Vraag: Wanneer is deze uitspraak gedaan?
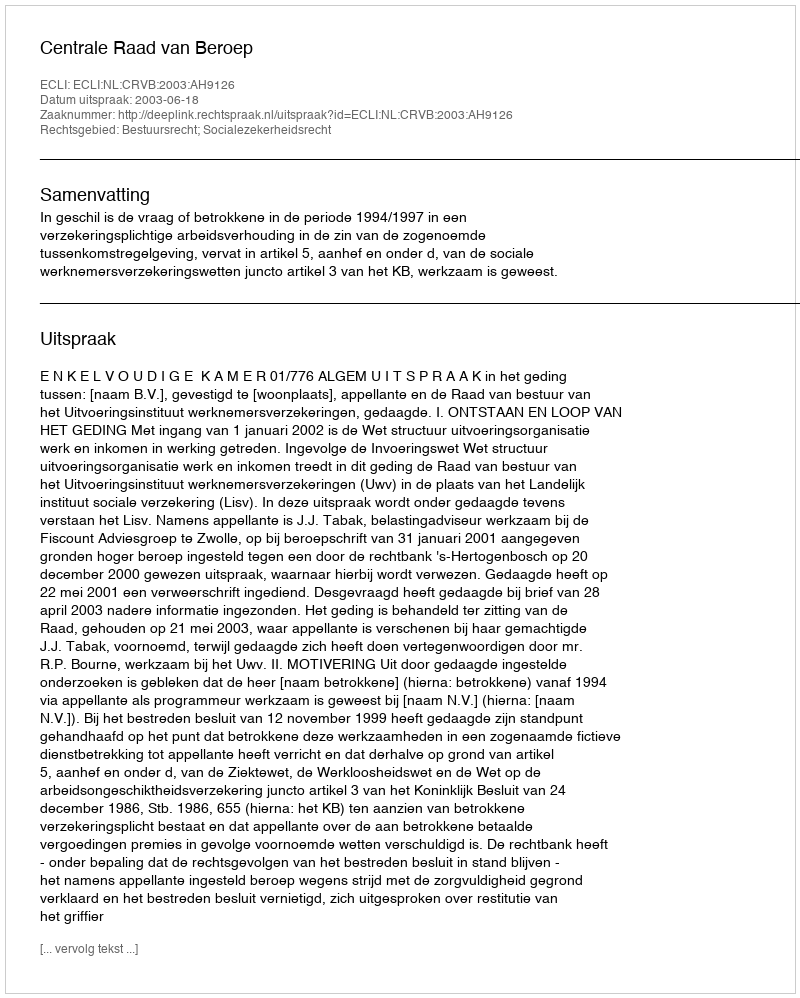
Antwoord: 2003-06-18